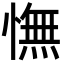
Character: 憮